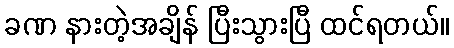
ခဏ နားတဲ့အချိန် ပြီးသွားပြီ ထင်ရတယ်။